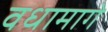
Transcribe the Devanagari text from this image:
वधामागे